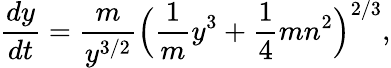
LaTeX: {\frac{dy}{dt}}={\frac{m}{y^{3/2}}}\Big({\frac{1}{m}}y^{3}+{\frac{1}{4}}mn^{2}\Big)^{2/3},